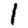
Digit: 1